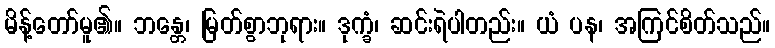
မိန့်တော်မူ၏။ ဘန္တေ၊ မြတ်စွာဘုရား။ ဒုက္ခံ၊ ဆင်းရဲပါတည်း။ ယံ ပန၊ အကြင်စိတ်သည်။